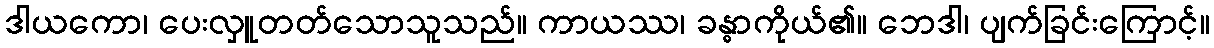
ဒါယကော၊ ပေးလှူတတ်သောသူသည်။ ကာယဿ၊ ခန္ဓာကိုယ်၏။ ဘေဒါ၊ ပျက်ခြင်းကြောင့်။